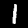
Digit: 1